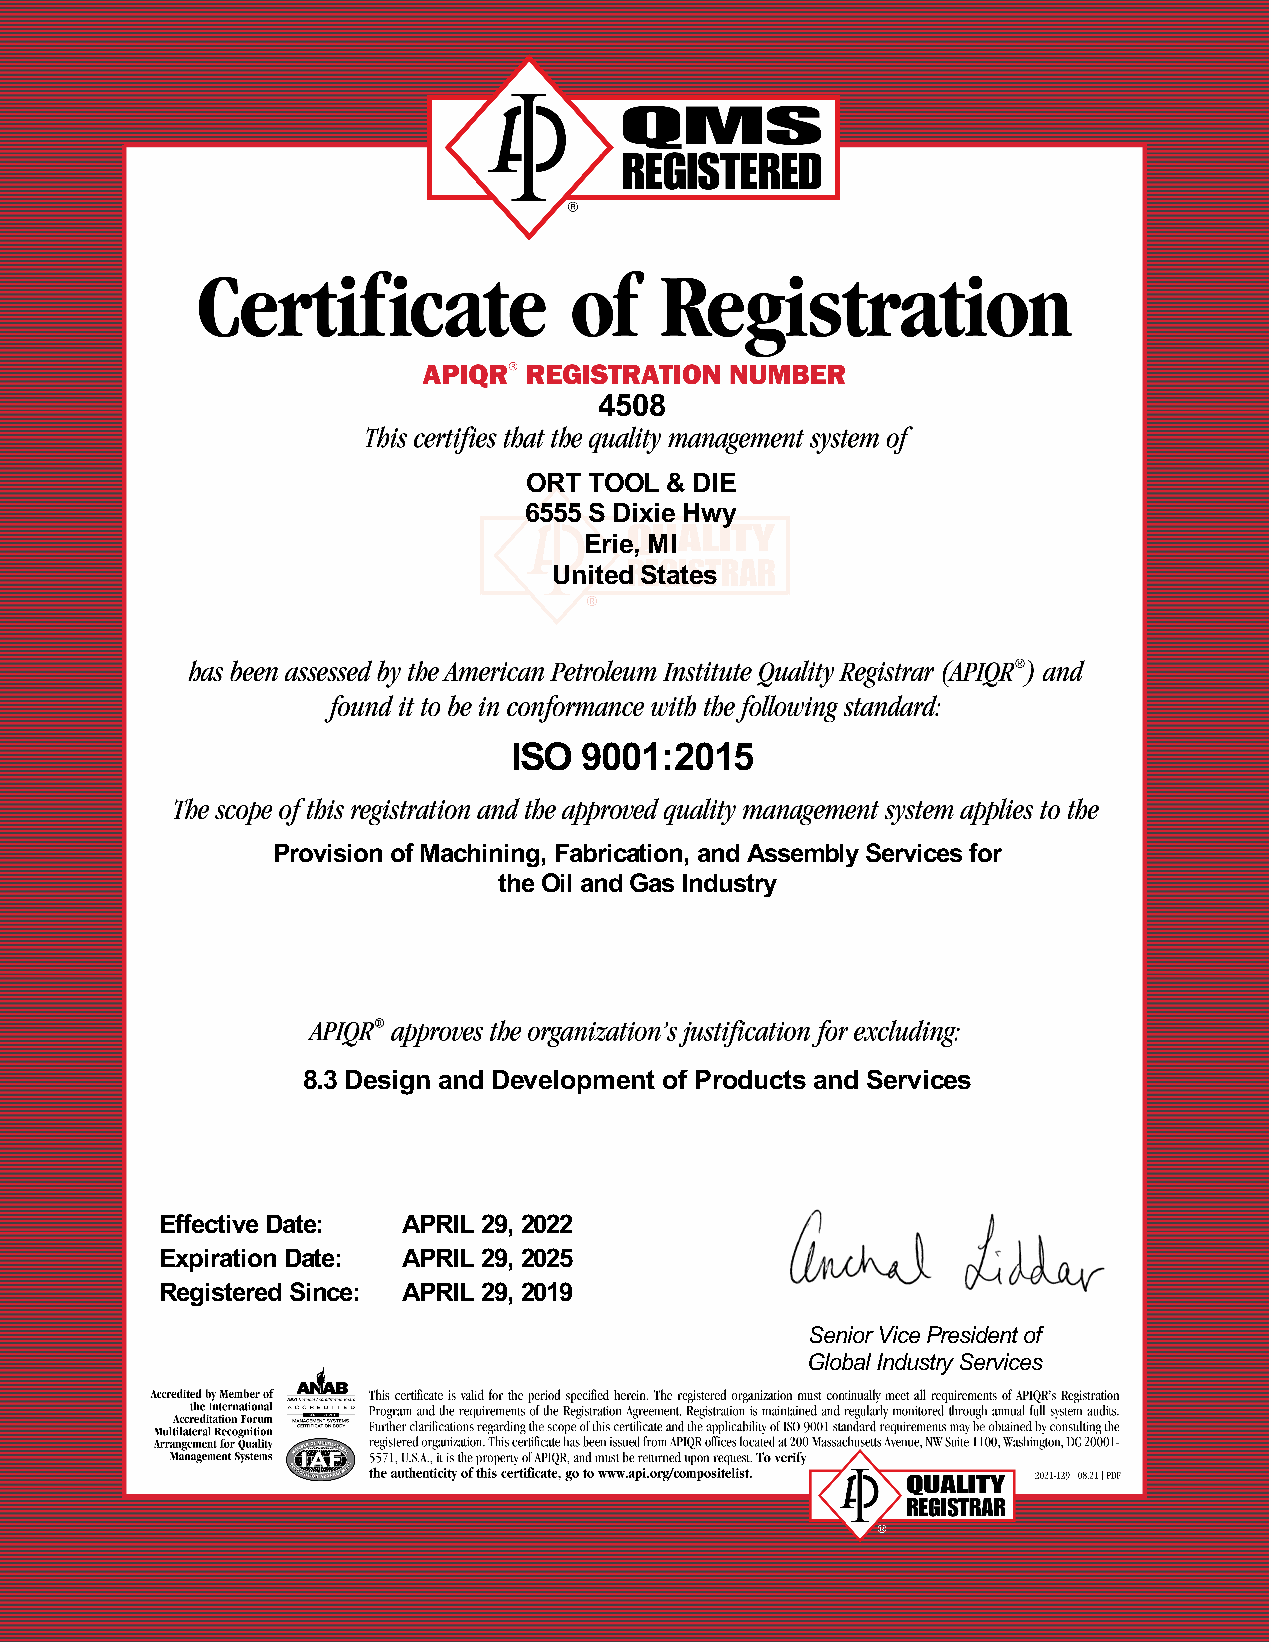
4508
 ORT TOOL & DIE
 6555 S Dixie Hwy
 Erie, MI
 United States
 ISO 9001:2015
 Provision of Machining, Fabrication, and Assembly Services for
 the Oil and Gas Industry
 8.3 Design and Development of Products and Services
 Effective Date: APRIL 29, 2022
 Expiration Date: APRIL 29, 2025
 Registered Since: APRIL 29, 2019
 Senior Vice President of
 Global Industry Services